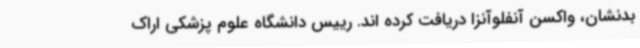
بدنشان، واکسن آنفلوآنزا دریافت کرده اند. رییس دانشگاه علوم پزشکی اراک